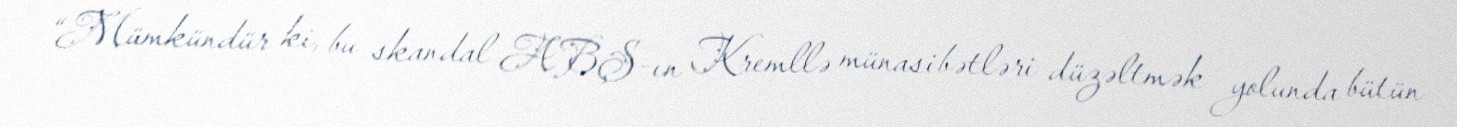
“Mümkündür ki, bu skandal ABŞ-ın Kremllə münasibətləri düzəltmək yolunda bütün